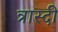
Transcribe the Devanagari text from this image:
त्रास्दी